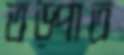
তড়্‌পাত